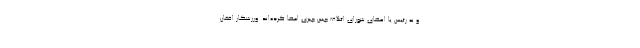
و نه رئیس یا اعضای شورای ائتلاف چنین چیزی امضا کرده‌اند. ورزشکار افغان